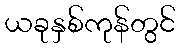
ယခုနှစ်ကုန်တွင်